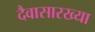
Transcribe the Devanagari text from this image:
दैवासारख्या